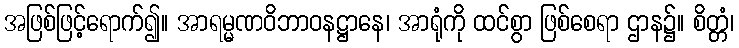
အဖြစ်ဖြင့်ရောက်၍။ အာရမ္မဏဝိဘာဝနဋ္ဌာနေ၊ အာရုံကို ထင်စွာ ဖြစ်စေရာ ဌာန၌။ စိတ္တံ၊